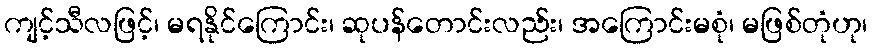
ကျင့်သီလဖြင့်၊ မရနိုင်ကြောင်း၊ ဆုပန်တောင်းလည်း၊ အကြောင်းမစုံ၊ မဖြစ်တုံဟု၊